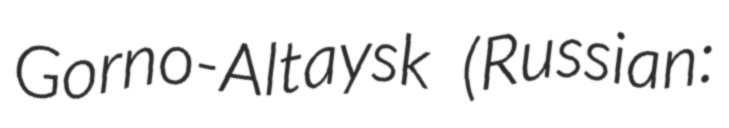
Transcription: Gorno-Altaysk (Russian: